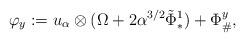
LaTeX: \begin{align*}\varphi_y := u_{\alpha}\otimes (\Omega + 2\alpha^{3/2} \tilde{\Phi}_{*}^1) + \Phi_{\#}^y,\end{align*}